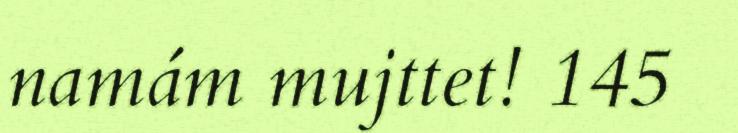
namám mujttet! 145